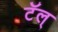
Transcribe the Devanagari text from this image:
टॅल्